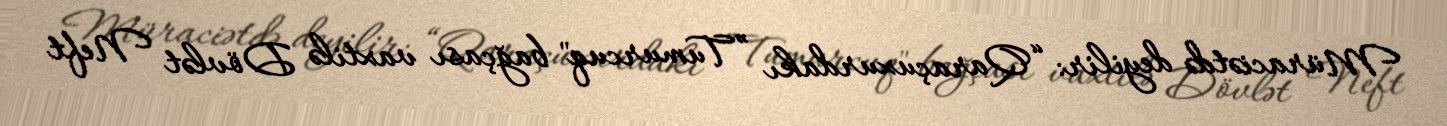
Müraciətdə deyilir: “Qaraçuxurdakı ”Tumurcuq" bağçası vaxtilə Dövlət Neft